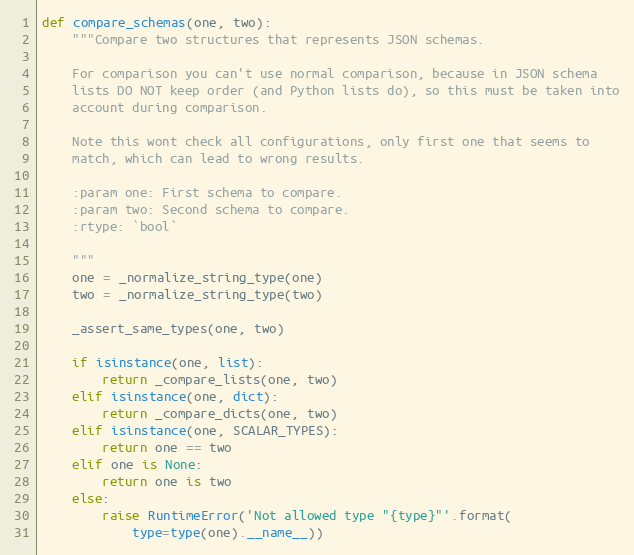
Language: Python
def compare_schemas(one, two):
    """Compare two structures that represents JSON schemas.

    For comparison you can't use normal comparison, because in JSON schema
    lists DO NOT keep order (and Python lists do), so this must be taken into
    account during comparison.

    Note this wont check all configurations, only first one that seems to
    match, which can lead to wrong results.

    :param one: First schema to compare.
    :param two: Second schema to compare.
    :rtype: `bool`

    """
    one = _normalize_string_type(one)
    two = _normalize_string_type(two)

    _assert_same_types(one, two)

    if isinstance(one, list):
        return _compare_lists(one, two)
    elif isinstance(one, dict):
        return _compare_dicts(one, two)
    elif isinstance(one, SCALAR_TYPES):
        return one == two
    elif one is None:
        return one is two
    else:
        raise RuntimeError('Not allowed type "{type}"'.format(
            type=type(one).__name__))